Madras plague regulations and rules for the city of Madras
Disease focus: Plague
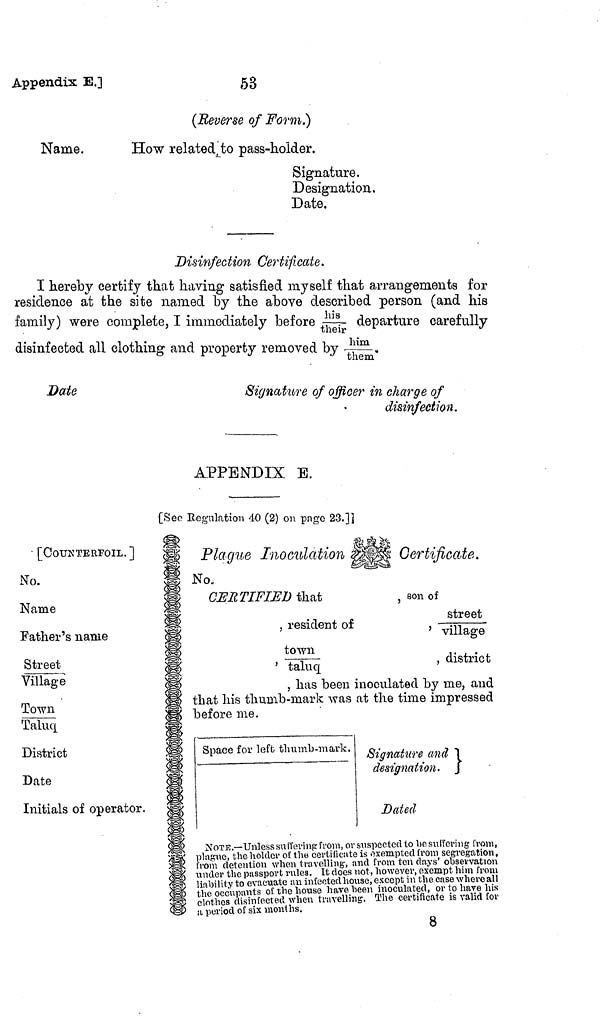
Appendix E.]
53
(Reverse of Form.)
Name.
How related to pass-holder.
Signature.
Designation.
Date.
Disinfection Certificate.
1 hereby certify that having satisfied myself that arrangements for
residence at the site named by the above described person (and his
family) were complete, I immediately before his/their departure carefully
disinfected all clothing and property removed by him/them
Date
Signature of officer in charge of
disinfection.
APPENDIX E.
[See Regulation 40 (2) on page 23.]
[COUNTERFOIL.]
No.
Name
Father's name
Street
Village
Town
Taluq
District
Date
Initials of operator.
Plague Inoculation
Certificate.
No.
CERTIFIED that
,son
of
street/
, resident of
, village
town/
'
taluq
' district
, has been inoculated by me, and
that his thumb-mark was at the time impressed
before me.
Space for left thumb-mark. Signature and
designation,
Dated
NOTE.
ffering
from,
plague,
segregation,
from detention when travelling, and from ten days observation
under the passport rules. It does not, however, exempt him from
liability to evacuate an infected house, except in the case where all
the occupants of the house have been inoculated, or to have his
clothes disinfected when travelling. The certificate is valid for
a period of six months.
8